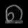
Digit: ၈